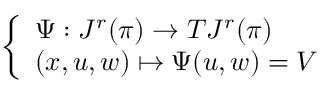
\left\{ \begin{array} { l l } { \Psi : J ^ { r } ( \pi ) \to T J ^ { r } ( \pi ) } \\ { ( x , u , w ) \mapsto \Psi ( u , w ) = V } \end{array} \right.